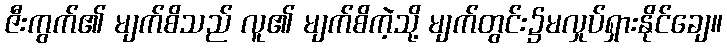
ဇီးကွက်၏ မျက်စိသည် လူ၏ မျက်စိကဲ့သို့ မျက်တွင်း၌မလှုပ်ရှားနိုင်ချေ။